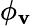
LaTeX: \phi_{\mathbf{v}}